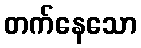
တက်နေသော